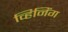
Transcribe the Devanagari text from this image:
व्हिनिंग